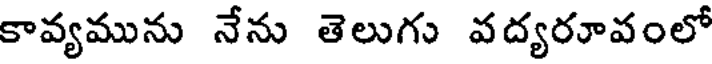
కావ్యమును నేను తెలుగు వద్యరూవంలో